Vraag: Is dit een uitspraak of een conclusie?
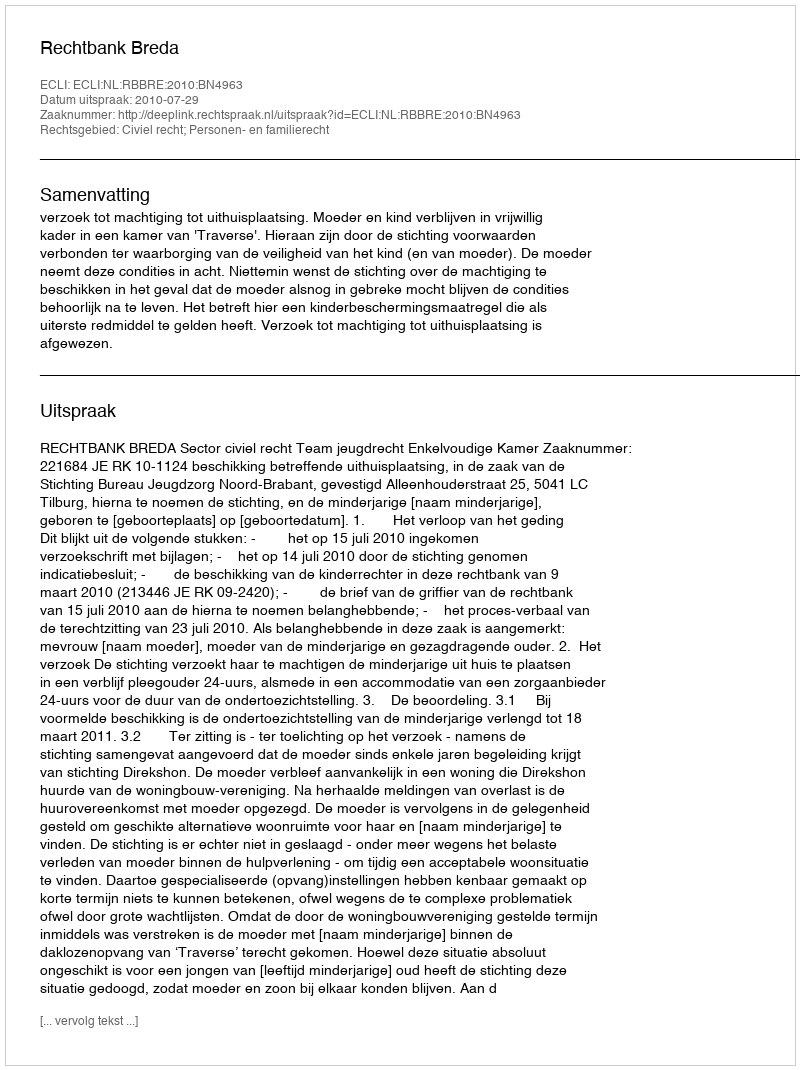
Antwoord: Uitspraak